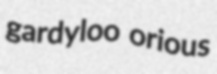
gardyloo orious